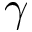
\gamma